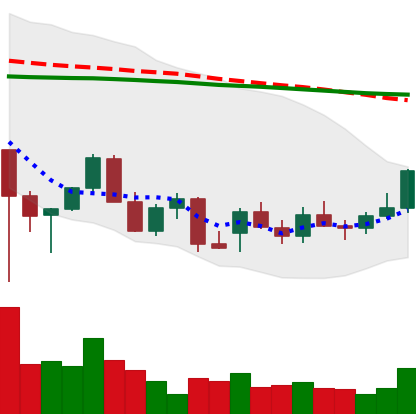
Ticker: LINK-USD
Chart end date: 2021-12-23
Forward return: -7.906%
Label: down_7plus